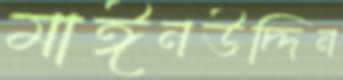
মাঈনউদ্দিন